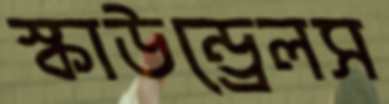
স্কাউন্ড্রেলস